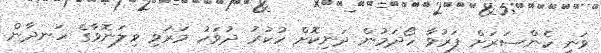
ވަނީ ކެންސަރަށް ފަރުވާ ހޯދަމުން ދަނިކޮށް ހުކުރު ދުވަހު މަރުވި ވިލަނޮވާގެ ހަނދާން